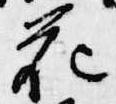
花